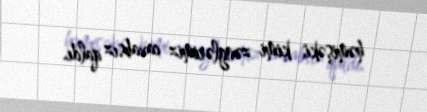
həmişəki kimi zənglərimiz cavabsız qaldı.